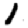
Digit: 1